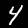
Label: 4